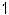
1